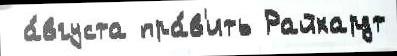
 а́вгуста пра́в'ить Райхардт